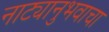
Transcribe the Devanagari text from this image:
नाट्यानुभवाचा